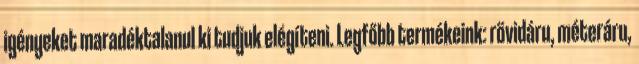
igényeket maradéktalanul ki tudjuk elégíteni. Legfőbb termékeink: rövidáru, méteráru,